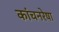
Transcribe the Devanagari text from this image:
कांचनरेषा